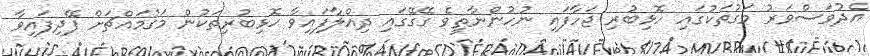
އެދުވަސްވަރު މަގުތަކުގައި ހޮޅިބުރި ޖަހާފައި ނުހުންނާތީވެ ގޭގޭގައި ދިއްލާފައިވާ ހޮޅިބުރިތަކުން މަގުމައްޗަށް ފޭދިފައިވާ